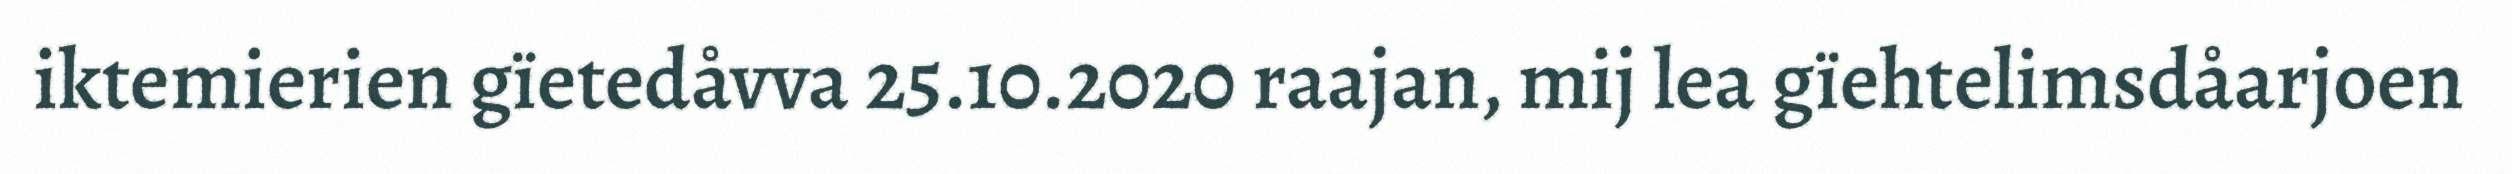
iktemierien gïetedåvva 25.10.2020 raajan, mij lea gïehtelimsdåarjoen